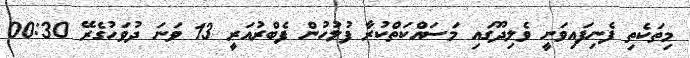
މިތަކެތި ފެނިފައިވަނީ ވެލިދޫގައި މަސައްކަތްކުރާ ފުލުހުން ފެބްރުއަރީ 13 ވަނަ ދުވަހުގެރޭ 00:30